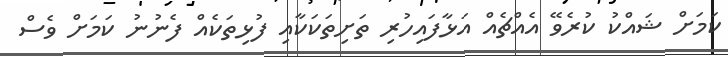
ކަމަށް ޝައްކު ކުރެވޭ އެއްޗެއް އަޅާފައިހުރި ތަށިތަކަކާއި ފުޅިތަކެއް ފެނުނު ކަމަށް ވެސް